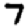
Digit: 7